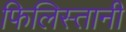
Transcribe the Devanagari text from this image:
फिलिस्तानी